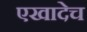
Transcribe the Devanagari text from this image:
एखादेच